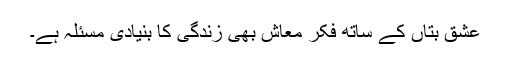
عشق بتاں کے ساتھ فکر معاش بھی زندگی کا بنیادی مسئلہ ہے۔